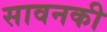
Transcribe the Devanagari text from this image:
सावनकी